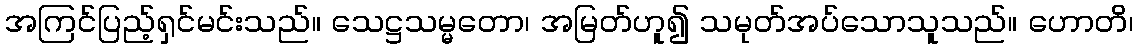
အကြင်ပြည့်ရှင်မင်းသည်။ သေဋ္ဌသမ္မတော၊ အမြတ်ဟူ၍ သမုတ်အပ်သောသူသည်။ ဟောတိ၊